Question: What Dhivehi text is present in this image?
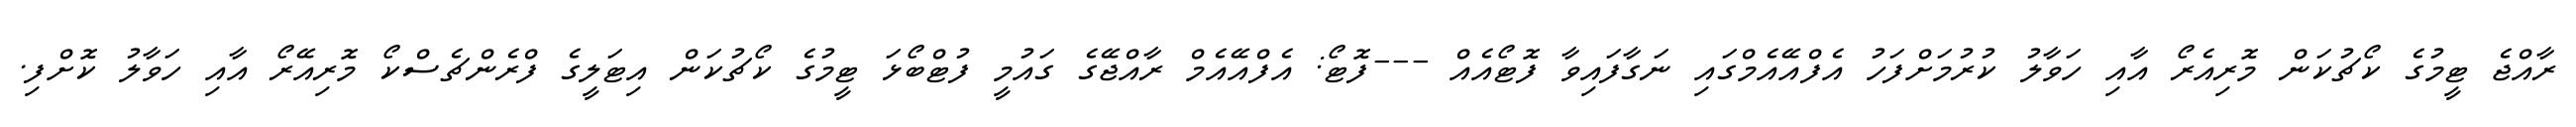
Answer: ރާއްޖެ ޓީމުގެ ކޯޗުކަން މޮރިއެރޯ އާއި ހަވާލު ކުރުމަށްފަހު އެފްއޭއެމްގައި ނަގާފައިވާ ފޮޓޯއެއް ---ފޮޓޯ: އެފްއޭއެމް ރާއްޖޭގެ ގައުމީ ފުޓްބޯޅަ ޓީމުގެ ކޯޗުކަން އިޓަލީގެ ފްރެންޗެސްކޯ މޮރިއޭރޯ އާއި ހަވާލު ކޮށްފި.